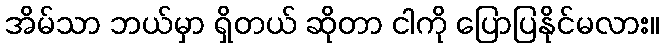
အိမ်သာ ဘယ်မှာ ရှိတယ် ဆိုတာ ငါကို ပြောပြနိုင်မလား။